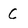
Character: C